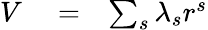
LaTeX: \begin{array}{rlr}{V}&{{}=}&{\sum_{s}\lambda_{s}r^{s}}\end{array}